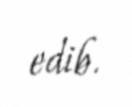
edib.